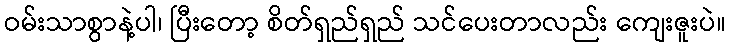
ဝမ်းသာစွာနဲ့ပါ၊ ပြီးတော့ စိတ်ရှည်ရှည် သင်ပေးတာလည်း ကျေးဇူးပဲ။